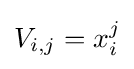
V_{i,j}=x_{i}^{j}